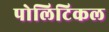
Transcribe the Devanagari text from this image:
पोलिटिकल